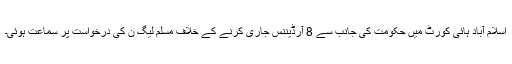
اسلام آباد ہائی کورٹ میں حکومت کی جانب سے 8 آرڈیننس جاری کرنے کے خلاف مسلم لیگ ن کی درخواست پر سماعت ہوئی۔